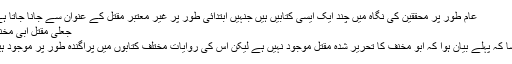
عام طور پر محققین کی نگاہ میں چند ایک ایسی کتابیں ہیں جنہیں ابتدائی طور پر غیر معتبر مقتل کے عنوان سے جانا جاتا ہے :
جعلی مقتل ابی مخنف:
جیسا کہ پہلے بیان ہوا کہ ابو مخنف کا تحریر شدہ مقتل موجود نہیں ہے لیکن اس کی روایات مختلف کتابوں میں پراگندہ طور پر موجود ہیں ۔